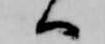
へ